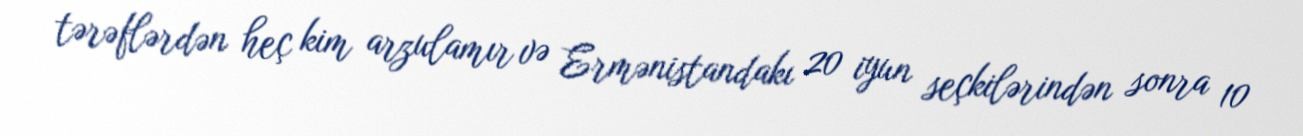
tərəflərdən heç kim arzulamır və Ermənistandakı 20 iyun seçkilərindən sonra 10